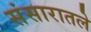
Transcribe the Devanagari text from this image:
संसारातले